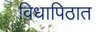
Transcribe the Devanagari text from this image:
विधापिठात